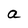
Character: a